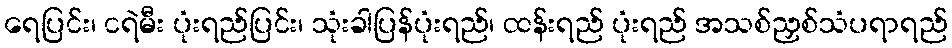
ရေပြင်း၊ ငရဲမီး ပုံးရည်ပြင်း၊ သုံးခါပြန်ပုံးရည်၊ ထန်းရည် ပုံးရည် အသစ်ညှစ်သံပရာရည်